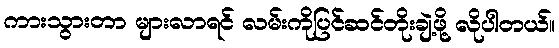
ကားသွားတာ များလာရင် လမ်းကိုပြင်ဆင်တိုးချဲ့ဖို့ လိုပါတယ်။